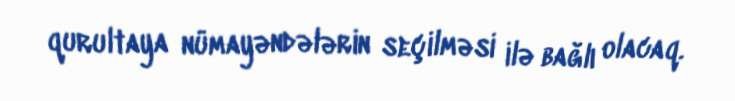
qurultaya nümayəndələrin seçilməsi ilə bağlı olacaq.